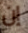
إن